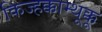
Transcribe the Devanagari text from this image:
किज्हक्काम्थूक्कू